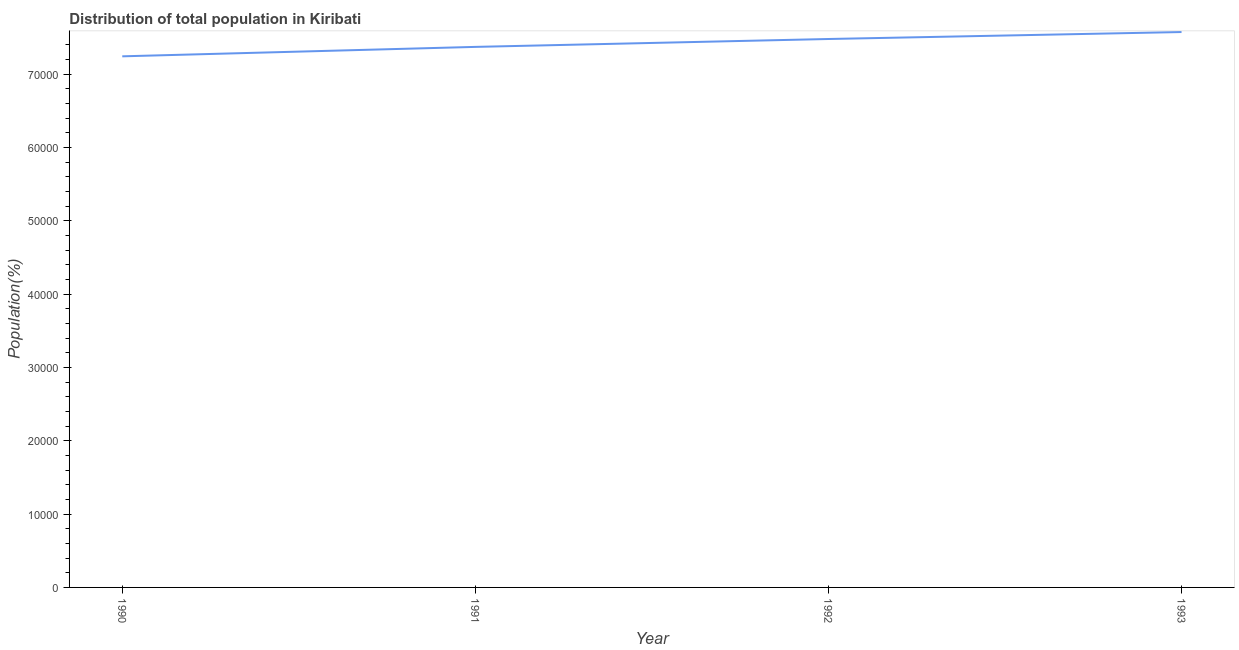
| Year | Total |
 | --- | --- |
 | 1990 | 7.24e+04 |
 | 1991 | 7.37e+04 |
 | 1992 | 7.48e+04 |
 | 1993 | 7.57e+04 |